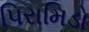
પિરામિડો